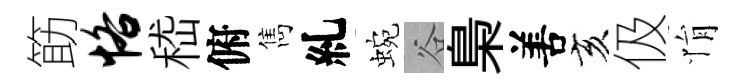
筯恪嵇俯雋糺蜿谷梟𠵊亥伋悁